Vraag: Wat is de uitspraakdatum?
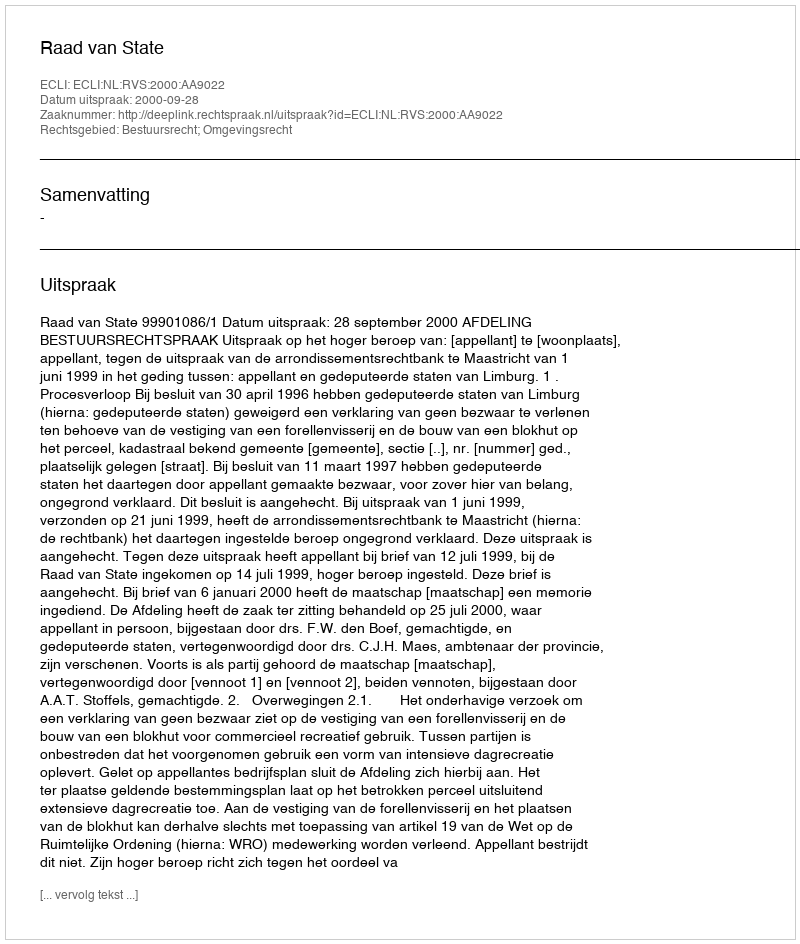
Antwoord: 2000-09-28